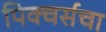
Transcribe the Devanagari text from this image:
पिक्चर्सचा